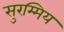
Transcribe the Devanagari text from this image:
सुरम्मिय